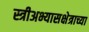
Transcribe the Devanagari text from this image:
स्त्रीअभ्यासक्षेत्राच्या